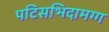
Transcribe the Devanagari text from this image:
पटिसभिदामग्ग